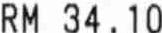
RM 34.10